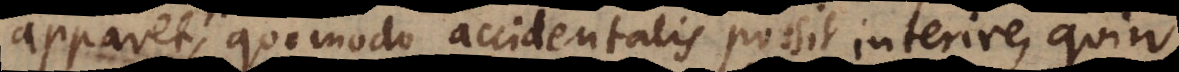
apparet, quomodo accidentalis possit interire, quin